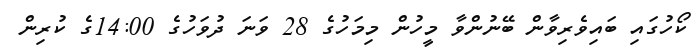
ކޯހުގައި ބައިވެރިވާން ބޭނުންވާ މީހުން މިމަހުގެ 28 ވަނަ ދުވަހުގެ 14:00ގެ ކުރިން